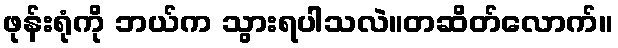
ဖုန်းရုံကို ဘယ်က သွားရပါသလဲ။တဆိတ်လောက်။